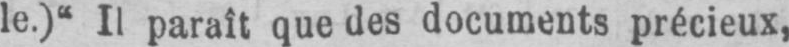
le.)“ Il paraît que des documents précieux,